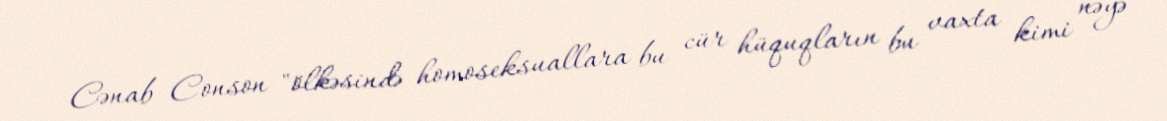
Cənab Conson "ölkəsində homoseksuallara bu cür hüquqların bu vaxta kimi nəyə